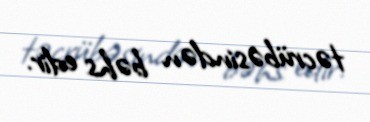
təcrübəsindən bəhs edir.